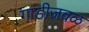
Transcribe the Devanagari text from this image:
गाडीजवळ